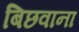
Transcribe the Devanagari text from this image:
बिछवाना